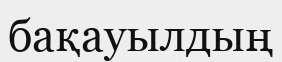
бақауылдың